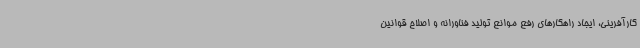
کارآفرینی، ایجاد راهکارهای رفع موانع تولید فناورانه و اصلاح قوانین